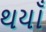
થયાઁ